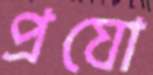
প্রযো